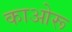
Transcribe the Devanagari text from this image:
काओरू